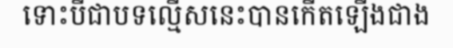
ទោះបីជាបទល្មើសនេះបានកើតឡើងជាង